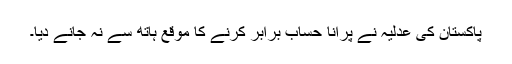
پاکستان کی عدلیہ نے پرانا حساب برابر کرنے کا موقع ہاتھ سے نہ جانے دیا۔